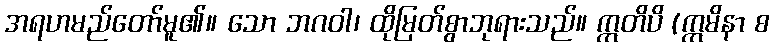
အရဟမည်တော်မူ၏။ သော ဘဂဝါ၊ ထိုမြတ်စွာဘုရားသည်။ ဣတိပိ (ဣမိနာ စ